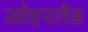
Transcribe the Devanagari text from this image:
सौएरलैंड